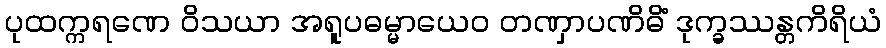
ပုထက္ကရဏေ ဝိသယာ အရူပဓမ္မာယေဝ တဏှာပဏိဓိံ ဒုက္ခဿန္တကိရိယံ